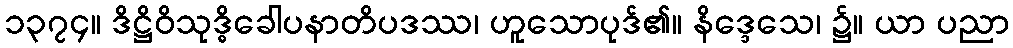
၁၃၇၄။ ဒိဋ္ဌိဝိသုဒ္ဓိခေါပနာတိပဒဿ၊ ဟူသောပုဒ်၏။ နိဒ္ဒေသေ၊ ၌။ ယာ ပညာ